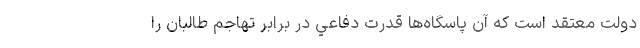
دولت معتقد است كه آن پاسگاه‌ها قدرت دفاعي در برابر تهاجم طالبان را